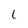
Character: l